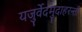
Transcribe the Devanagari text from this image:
यजुर्वेदमुदाहरन्तीं